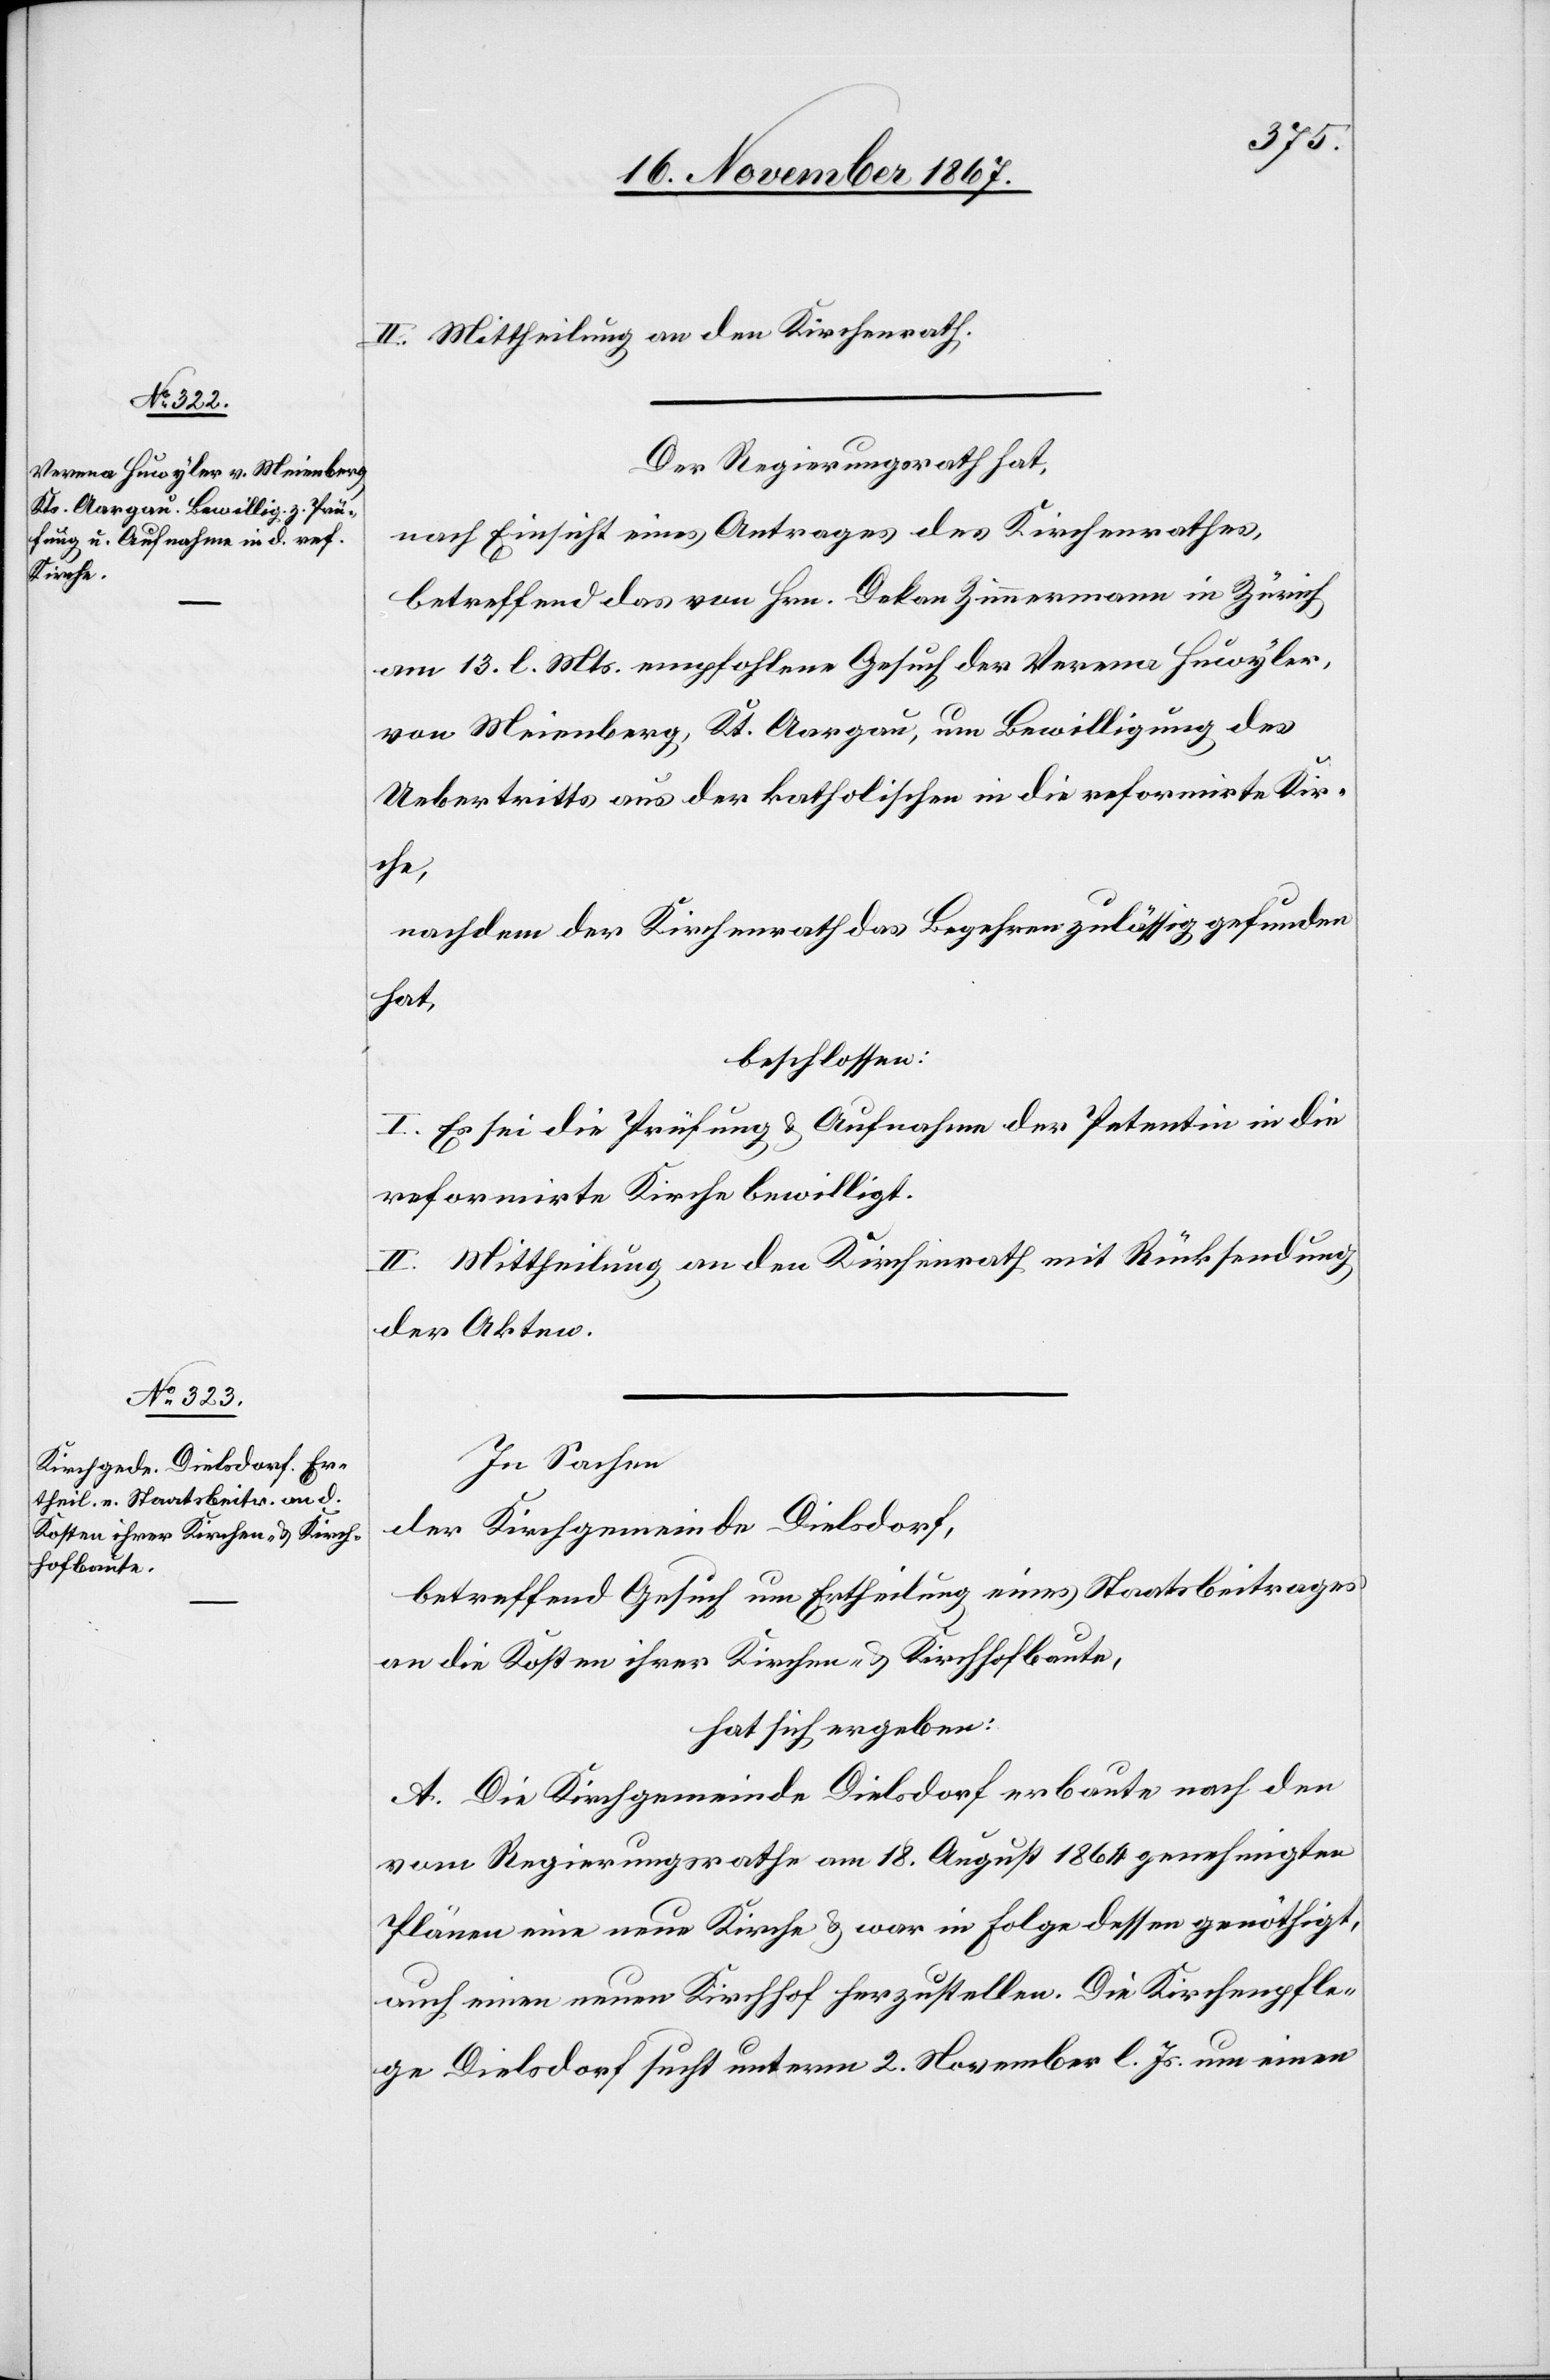
II. Mittheilung an den Kirchenrath.
Der Regierungsrath hat,
nach Einsicht eines Antrages des Kirchenrathes,
betreffend das von Hrn. Dekan Zimmermann in Zürich
am 13. l. Mts. empfohlene Gesuch der Verena Huwyler,
von Meienberg, Kt. Aargau, um Bewilligung des
Uebertritts aus der katholischen in die reformirte Kir¬
che,
nachdem der Kirchenrath das Begehren zulässig gefunden
hat,
beschlossen:
I. Es sei die Prüfung u. Aufnahme der Petentin in die
reformirte Kirche bewilligt.
II. Mittheilung an den Kirchenrath mit Rücksendung
der Akten.
In Sachen
der Kirchgemeinde Dielsdorf,
betreffend Gesuch um Ertheilung eines Staatsbeitrages
an die Kosten ihrer Kirchen- u. Kirchhofbaute,
hat sich ergeben:
A. Die Kirchgemeinde Dielsdorf erbaute nach den
vom Regierungsrathe am 18. August 1864 genehmigten
Plänen eine neue Kirche u. war in Folge dessen genöthigt,
auch einen neuen Kirchhof herzustellen. Die Kirchenpfle¬
ge Dielsdorf sucht unterm 2. November l. Js. um einen